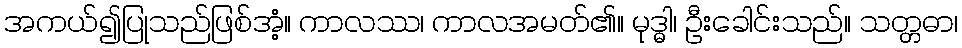
အကယ်၍ပြုသည်ဖြစ်အံ့။ ကာလဿ၊ ကာလအမတ်၏။ မုဒ္ဓါ၊ ဦးခေါင်းသည်။ သတ္တဓာ၊